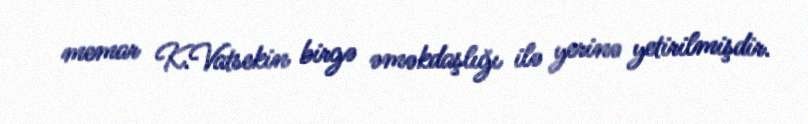
memar K.Vatsekin birgə əməkdaşlığı ilə yerinə yetirilmişdir.